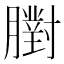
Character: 𦡷